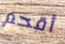
أقحم